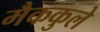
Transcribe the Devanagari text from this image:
मैककुले